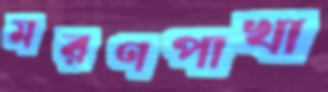
মরণপাখা